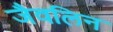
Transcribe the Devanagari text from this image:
जैवलिन